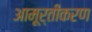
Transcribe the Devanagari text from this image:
आमूर्तीकरण